Plague in India, 1896, 1897 - Volume 1
Year: 1896
Disease focus: Plague
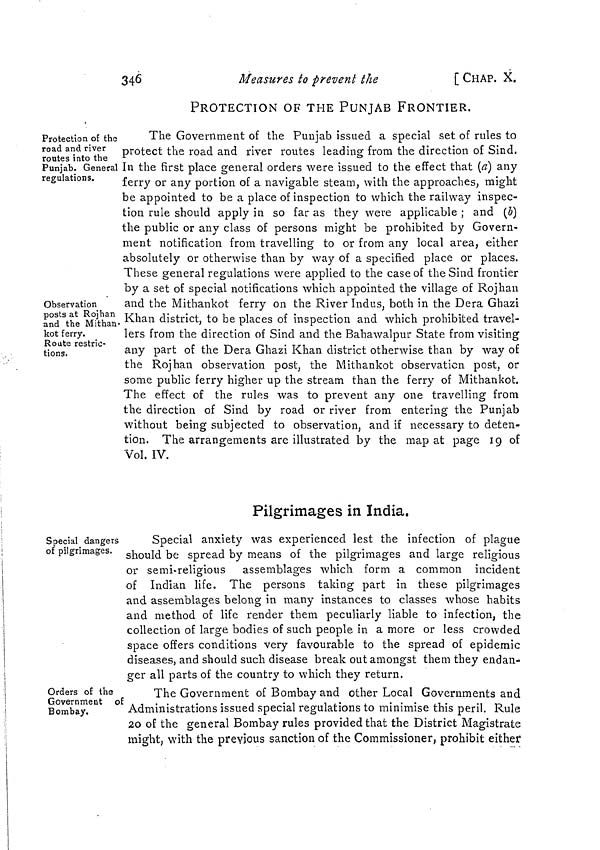
346
Measures to prevent the
[ CHAP. X.
PROTECTION OF THE PUNJAB FRONTIER.
Protection of the
road and river
routes into the
Punjab. General
regulations.
Observation
posts at Rojhan
and the Mithan
kot ferry.
Route restric-
tions.
The Government of the Punjab issued a special set of rules to
protect the road and river routes leading from the direction of Sind.
In the first place general orders were issued to the effect that (a) any
ferry or any portion of a navigable steam, with the approaches, might
be appointed to be a place of inspection to which the railway inspec-
tion rule should apply in so far as they were applicable ; and (5)
the public or any class of persons might be prohibited by Govern-
ment notification from travelling to or from any local area, either
absolutely or otherwise than by way of a specified place or places.
These general regulations were applied to the case of the Sind frontier
by a set of special notifications which appointed the village of Rojhan
and the Mithankot ferry on the River Indus, both in the Dera Ghazi
Khan district, to be places of inspection and which prohibited travel-
lers from the direction of Sind and the Bahawalpur State from visiting
any part of the Dera Ghazi Khan district otherwise than by way of
the Rojhan observation post, the Mithankot observation post, or
some public ferry higher up the stream than the ferry of Mithankot.
The effect of the rules was to prevent any one travelling from
the direction of Sind by road or river from entering the Punjab
without being subjected to observation, and if necessary to deten-
tion. The arrangements are illustrated by the map at page 19 of
Vol. IV.
Pilgrimages in India.
Special dangers
of pilgrimages.
Special anxiety was experienced lest the infection of plague
should be spread by means of the pilgrimages and large religious
or semi-religious assemblages which form a common incident
of Indian life. The persons taking part in these pilgrimages
and assemblages belong in many instances to classes whose habits
and method of life render them peculiarly liable to infection, the
collection of large bodies of such people in a more or less crowded
space offers conditions very favourable to the spread of epidemic
diseases, and should such disease break out amongst them they endan-
ger all parts of the country to which they return.
Orders of the
Government of
Bombay.
The Government of Bombay and other Local Governments and
Administrations issued special regulations to minimise this peril. Rule
20 of the general Bombay rules provided that the District Magistrate
might, with the previous sanction of the Commissioner, prohibit either